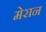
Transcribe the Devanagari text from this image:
मेरान